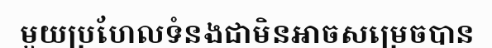
មួយប្រហែលទំនងជាមិនអាចសម្រេចបាន